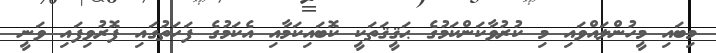
މިބައި މީހުންލައްވައި މި ކުރުވާކަންކަމުގެ ޙަޤީޤަތަކީ ކޮބައިކަމާއި އެކަމުގެ ފަހަތުގައި ފޮރުވިފައި ވަނީ